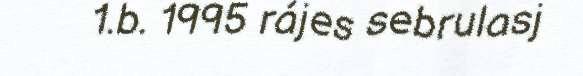
1.b. 1995 rájes sebrulasj